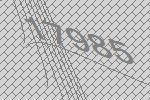
17985